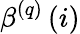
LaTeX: \beta^{\left(q\right)}\left(i\right)